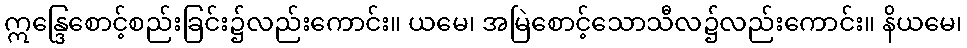
ဣန္ဒြေစောင့်စည်းခြင်း၌လည်းကောင်း။ ယမေ၊ အမြဲစောင့်သောသီလ၌လည်းကောင်း။ နိယမေ၊